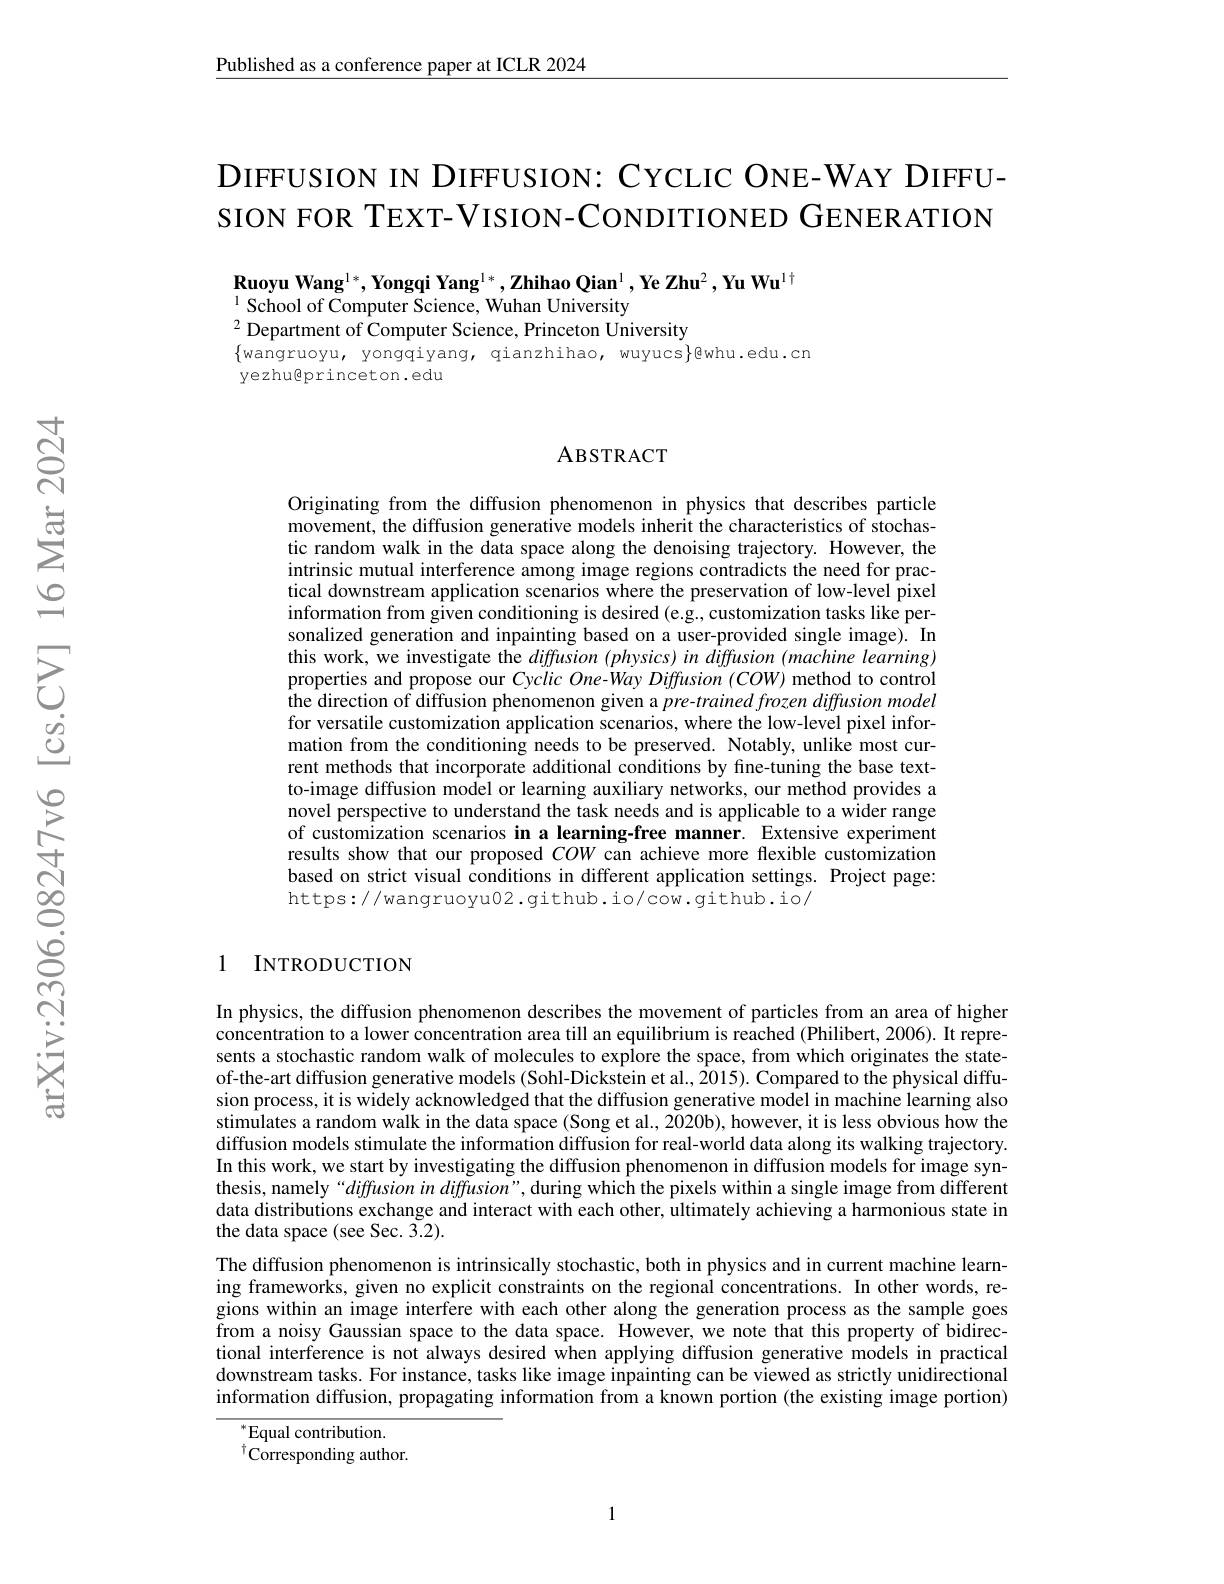
$\underline{\text{Published as a conference paper at ICLR 2024}}$

DIFFUSION IN DIFFUSION: CYCLIC ONE-WAY DIFFUSION FOR TEXT-VISION-CONDITIONED GENERATION

$\textbf{Ruoyu Wang}^{1*},\textbf{Yongqi Yang}^{1*},\textbf{Zhihao Qian}^{1},\textbf{Ye Zhu}^{2},\textbf{Yu Wu}^{1\dagger}$
$^{1}{\mathrm{School~of~Computer~Science,~Wuhan~University}}$
$^{2}$Department of Computer Science, Princeton University
$\{$wangruoyu, yongqiyang, qianzhihao, wuyucs$\}$@whu.edu.cn
yezhu@princeton.edu

### ABSTRACT

Originating from the diffusion phenomenon in physics that describes particle movement, the diffusion generative models inherit the characteristics of stochastic random walk in the data space along the denoising trajectory. However, the intrinsic mutual interference among image regions contradicts the need for practical downstream application scenarios where the preservation of low-level pixel information from given conditioning is desired (e.g., customization tasks like personalized generation and inpainting based on a user-provided single image). In this work, we investigate the diffusion (physics) in diffusion (machine learning) properties and propose our Cyclic One-Way Diffusion (COW) method to control the direction of diffusion phenomenon given a $pre- trained\textit{frozen diffusion model}$ for versatile customization application scenarios, where the low-level pixel information from the conditioning needs to be preserved. Notably, unlike most current methods that incorporate additional conditions by fine-tuning the base textto-image diffusion model or learning auxiliary networks, our method provides a novel perspective to understand the task needs and is applicable to a wider range of customization scenarios in a learning-free manner. Extensive experiment results show that our proposed $COW$ can achieve more flexible customization based on strict visual conditions in different application settings. Project page: https://wangruoyu02.github.io/cow.github.io/

1 INTRODUCTION

In physics, the diffusion phenomenon describes the movement of particles from an area of higher concentration to a lower concentration area till an equilibrium is reached (Philibert, 2006). It represents a stochastic random walk of molecules to explore the space, from which originates the stateof-the-art diffusion generative models (Sohl-Dickstein et al., 2015). Compared to the physical diffusion process, it is widely acknowledged that the diffusion generative model in machine learning also stimulates a random walk in the data space (Song et al., 2020b), however, it is less obvious how the diffusion models stimulate the information diffusion for real-world data along its walking trajectory. In this work, we start by investigating the diffusion phenomenon in diffusion models for image synthesis, namely“diffusion in diffusion”, during which the pixels within a single image from different data distributions exchange and interact with each other, ultimately achieving a harmonious state in the data space (see Sec. 3.2).
The diffusion phenomenon is intrinsically stochastic, both in physics and in current machine learning frameworks, given no explicit constraints on the regional concentrations. In other words, regions within an image interfere with each other along the generation process as the sample goes from a noisy Gaussian space to the data space. However, we note that this property of bidirectional interference is not always desired when applying diffusion generative models in practical downstream tasks. For instance, tasks like image inpainting can be viewed as strictly unidirectional information diffusion, propagating information from a known portion (the existing image portion)
$^{*}$Equal contribution.

$^{\dagger}$Corresponding author.